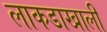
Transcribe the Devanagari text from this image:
लाकडाखाली